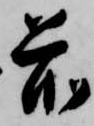
前